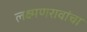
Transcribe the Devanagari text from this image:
लक्ष्मणरावांचा